Senior Leaving Certificate Examination (including Day School Certificate (Higher) General paper), 1950
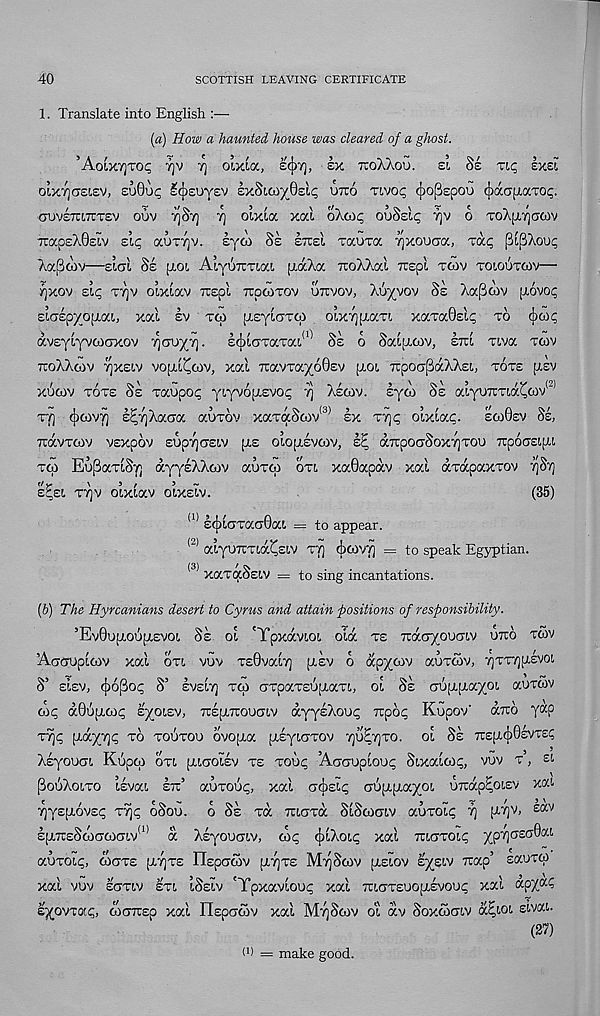
40
SCOTTISH LEAVING CERTIFICATE
1. Translate into English :—
[a) How a haunted house was cleared of a ghost.
’Aoixtjtoc; TjV y\ olxta, £&>'/}, ex tcoXaoo. el Ss ti<; Ixei
oixti gzlcv, suQvq Icjisoysv exSioo'/OsI^ UTio tivo^ (^o|3spou (jiaa^aTOp.
GOVETCOTTEV OUV 7]Sy) '/] OlXia Xal OAOip OuSslg YjV O
tcocceXOeiv sip auTTjv. syw Sc etteI tocutoc Tjxooaa, Tap [3[pXoup
Xa[3wv—slat, Ss [i,ot, AlyuTraiat, [AaXa TcoXXal ruspl tcov toioutoov—
/]xov sip tt]v olxlav Tcspl TupoiTOv uttvov, Xuyvov Ss Xa^cov piovop
slo£pyoij.ca, xal sv tco pLsylaTCp olxy[xaTt, xaraOslp to (jioip
avsylyvcoaxov rjcyuyrj. silaTaTat, 0 ' 1 Ss 6 Saqacov, ettI Tt,va tcov
tcoXXcov rjxeiv vop-l^cov, xal TravTayoOsv [lot Tcpoa^aXXst,, tote [lev
xucov tote Se Taupop yt,yv6[L£vop y Xscov. syw Ss alyuTCTta^v 1 "’
T7] (jKovy E^yXaaa auTov xaTa§(ov (3) sx T7]p olxlap.
ecoOev Se,
toxvtcov vsxpov £up7]a£t.v [le olopLEvoiv, zE aTcpoaSoxvjTOU Tcpoasifxt,
tco Eu(3aTlSy] ayysXXojV auTto oti xaOapav xal dhrapaxTOV 7]St]
sEei ty]v olxlav olxslv.
(35)
(1) E(j)laTaa0at. = to appear.
(2) alyuTCTia^Eiv rjj (jxovfj = to speak Egyptian.
(3) xaTaSsiv = to sing incantations.
(b) The Hyrcanians desert to Cyrus and attain positions of responsibility.
’EvOupt-otifLEVOt, 8z ol 'Ypxavt.ot, ola te Traayouaiv otto twv
Aaauptcov xal oti vuv TsOvaly [lev o apycov auTWV, TjTTTjpivot,
S’ ElEV, ^)6(3op S’ EVEL7] TCp GTOaTEU[LaTL, 01 §E aO[L[LayOt, aUTCOV
cop a06[LCop zyoizv, uzimouoiv ayysXoup irpop Kupov' air6 yap
TY]P [LayTJp TO TOUTOU OVO[La [LEyiaTOV 7]U^7)T0. ol 8s 7r£p(|)0£VT£P
Xsyouat, Kupco oti [Liaolsv te Toup Aaauploup Sixalcop, vuv t , si
PiouXoito Isvat, etu’ auTOup, xal acbslp aufLpayo!, UTrap^otsv xat-
TiyspiOVEp T^p 0S0U. O 8s T(X TUGTa SlScOGlV aUTOLp 7] [L7)V, £aV
£p,7rEScoacoat.v (1) a XEyouaiv, cop (jxXoip xal uiaTOip ypTjasaOat,
aUTOip, OIGTE [LY]T£ ITspaCOV [LTJTE Mt^ScOV [LELOV S/SIV TCap’ SaUTCp
xal vuv egtiv ETt, l8siv 'Ypxavloup xal 7uaT£UO[L£voup xal apx a ?
eyovTocp, ojaTrsp xal Hspacov xal Myj&ov ot av Soxcoatv a^iot. stvat.
(27)
ToXpxacov
f 1 ) = make good.